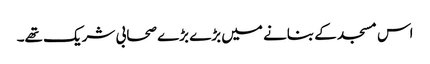
اس مسجد کے بنانے میں بڑے بڑے صحابی شریک تھے۔